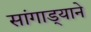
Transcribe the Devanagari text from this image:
सांगाड्याने